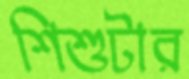
শিশুটার